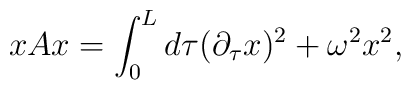
xAx = \int_{0}^{L} d\tau (\partial_{\tau}x)^2 + \omega^2 x^2,